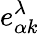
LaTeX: e_{\alpha k}^{\lambda}